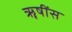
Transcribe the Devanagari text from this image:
ॠषींस